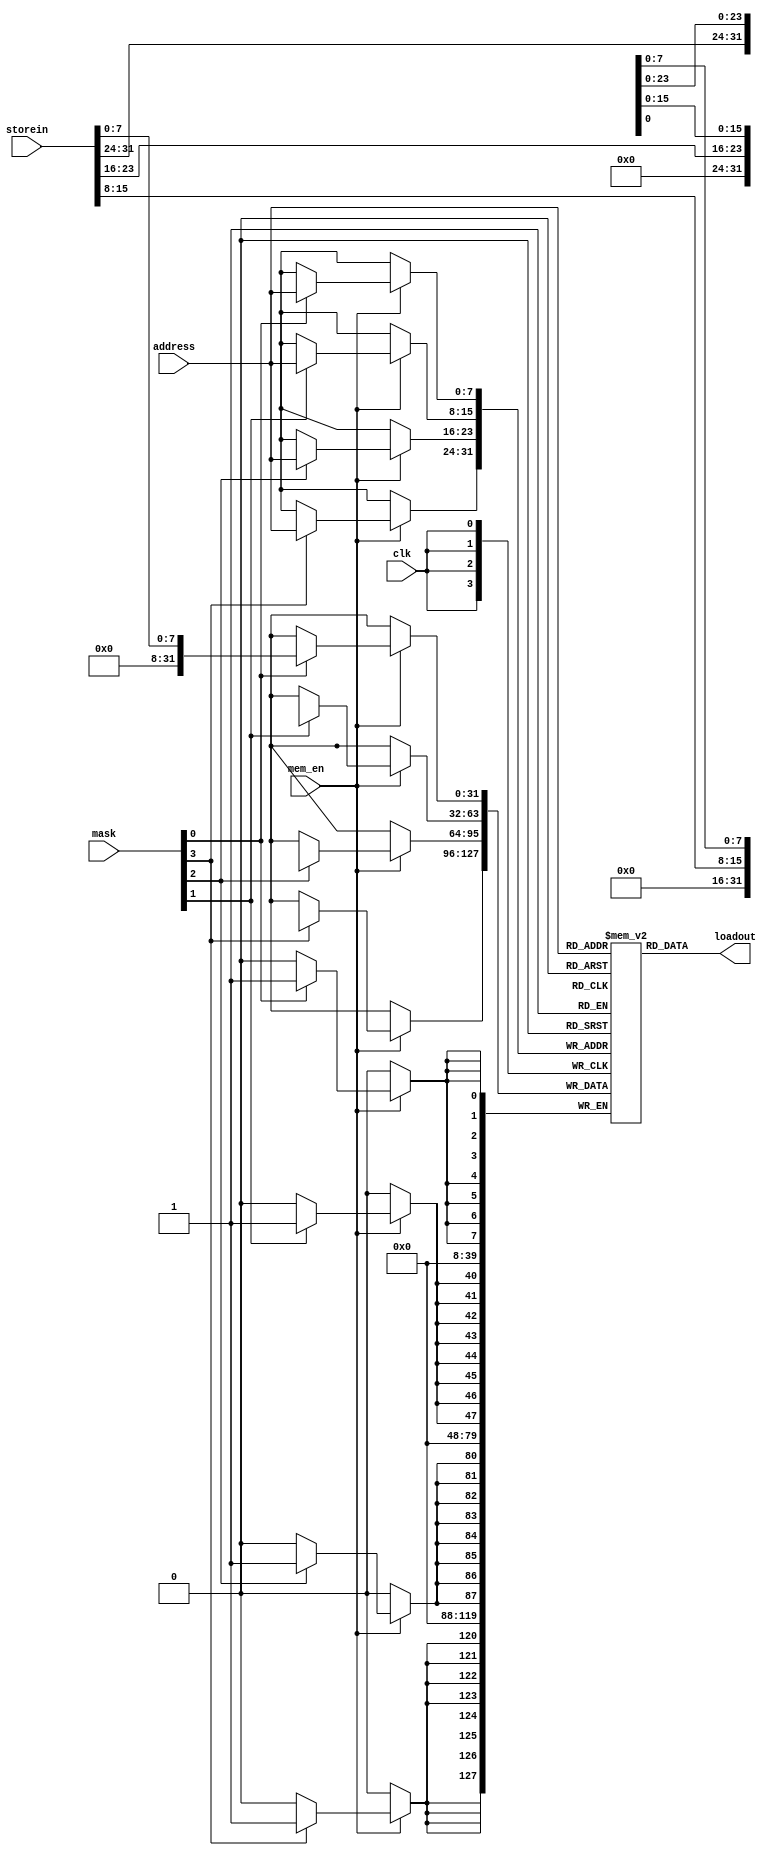
module datamemory (
    input wire clk,
    input wire mem_en,
    input wire [7:0]address,
    input wire [31:0]storein,
    input wire [3:0]mask,

    output reg [31:0]loadout
);

    reg [31:0] mem [0:255];

    always @(posedge clk) begin
        if (mem_en) begin
            if(mask[0]) begin
                mem[address][7:0] <= storein[7:0];
            end
            if(mask[1]) begin
                mem[address][15:8] <= storein[15:8];
            end
            if(mask[2]) begin
                mem[address][23:16] <= storein[23:16];
            end
            if(mask[3]) begin
                mem[address][31:24] <= storein[31:24];
            end
        end
        
    end
    always @(*) begin
        loadout = mem[address];
    end

endmodule